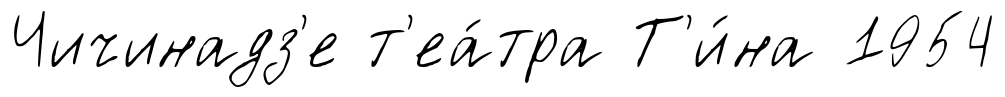
Чичинадз'е т'еа́тра Т'и́на 1954